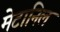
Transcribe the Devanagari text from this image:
मेटानिल